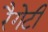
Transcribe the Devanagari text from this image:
रैगेटी